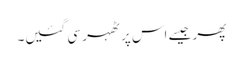
پھر جیسے اس پر ٹھہر سی گئیں۔